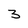
Character: 3